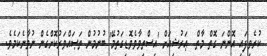
ކުރެވިފައި އޮންނަ ގޮތް މާތް  ޢަރުޝިއަށް 'އިސްތިވާވެވޮޑިގަތުމޭ' ބުނުމުން ތަޞައްވަރުކޮށްގެން ނުވާނެކަމެވެ.